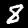
Label: 8